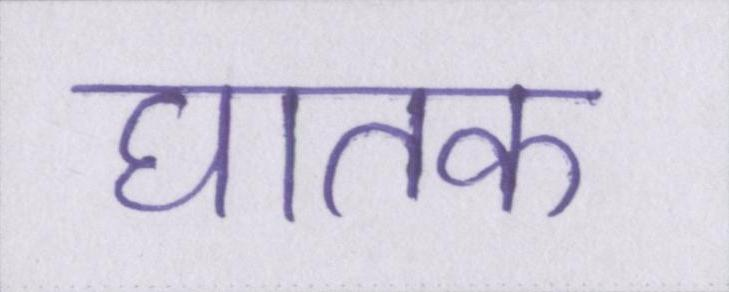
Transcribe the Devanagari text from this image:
घातक